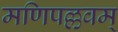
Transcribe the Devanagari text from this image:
मणिपल्लवम्